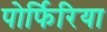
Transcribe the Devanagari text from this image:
पोर्फिरिया